Document type: Oath
Year: 1447
Scribe: Pere Figuerola
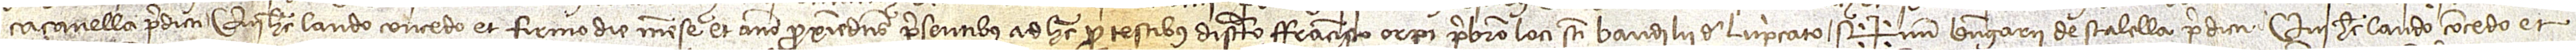
Caçanella predicti, qui hec laudo, concedo et firmo die, mense et anno proximedictis, presentibus ad hec pro testibus discreto Francisco Orpi, presbitero loci Sancti Baudilii de Lupricato. Sig+num Berengarii de Stalella predicti, qui hec laudo, concedo et